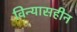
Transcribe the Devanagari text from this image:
विन्यासहीन